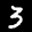
Label: 3